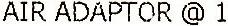
AIR ADAPTOR @ 1